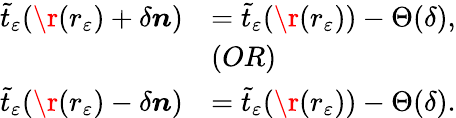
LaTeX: \begin{array}{rl}{\tilde{t}_{\varepsilon}(\r(r_{\varepsilon})+\delta\boldsymbol{n})}&{=\tilde{t}_{\varepsilon}(\r(r_{\varepsilon}))-\Theta(\delta),}\\ &{(OR)}\\ {\tilde{t}_{\varepsilon}(\r(r_{\varepsilon})-\delta\boldsymbol{n})}&{=\tilde{t}_{\varepsilon}(\r(r_{\varepsilon}))-\Theta(\delta).}\end{array}